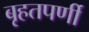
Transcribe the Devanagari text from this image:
बृहतपर्णी